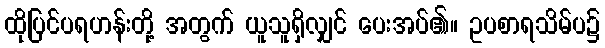
ထိုပြင်ပရဟန်းတို့ အတွက် ယူသူရှိလျှင် ပေးအပ်၏။ ဥပစာရသိမ်ပ၌